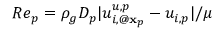
R e _ { p } = \rho _ { g } D _ { p } | u _ { i , @ { \mathbf x } _ { p } } ^ { u , p } - u _ { i , p } | / \mu